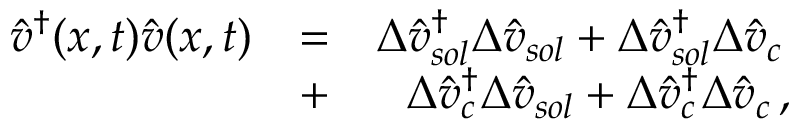
\begin{array} { r l r } { \hat { v } ^ { \dagger } ( x , t ) \hat { v } ( x , t ) } & { = } & { \Delta \hat { v } _ { s o l } ^ { \dagger } \Delta \hat { v } _ { s o l } + \Delta \hat { v } _ { s o l } ^ { \dagger } \Delta \hat { v } _ { c } \, } \\ & { + } & { \Delta \hat { v } _ { c } ^ { \dagger } \Delta \hat { v } _ { s o l } + \Delta \hat { v } _ { c } ^ { \dagger } \Delta \hat { v } _ { c } \, , } \end{array}